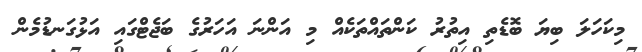
މިކަހަލަ ބިޔަ ބޮޑެތި އިތުރު ކަންތައްތަކެއް މި އަންނަ އަހަރުގެ ބަޖެޓްގައި އަޅުގަނޑުމެން